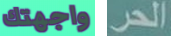
واجهتك الحر